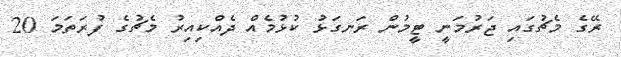
ރޭގެ މެޗުގައި ޖަރުމަނީ ޓީމުން ރަނގަޅު ކުޅުމެއް ދެއްކިއިރު މެޗުގެ ފުރަތަމަ 20